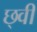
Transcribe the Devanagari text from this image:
छ्वी